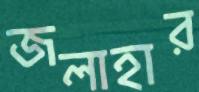
জলাহার